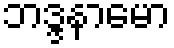
ဘဒ္ဒနာမော